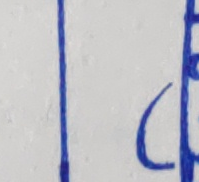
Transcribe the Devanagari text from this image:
द